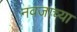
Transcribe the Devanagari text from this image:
नवजाच्या